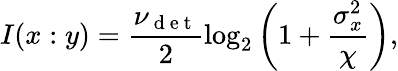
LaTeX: I(x:y)=\frac{\nu_{\mathrm{~d~e~t~}}}{2}\log_{2}\left(1+\frac{\sigma_{x}^{2}}{\chi}\right),